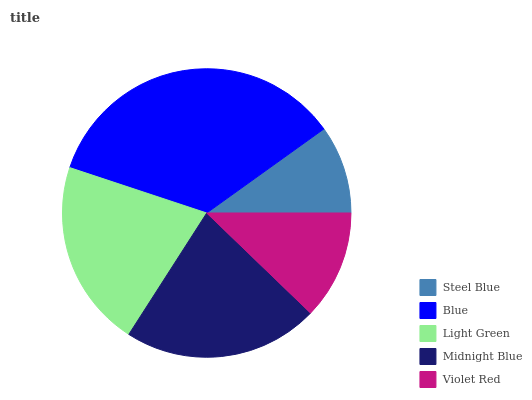
| Steel Blue | Blue | Light Green | Midnight Blue | Violet Red |
 | --- | --- | --- | --- | --- |
 | 9.91% | 35% | 21% | 21.8% | 12.2% |